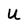
Character: U